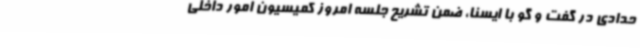
حدادی در گفت و گو با ایسنا، ضمن تشریح جلسه امروز کمیسیون امور داخلی